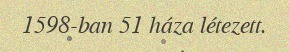
1598-ban 51 háza létezett.